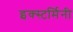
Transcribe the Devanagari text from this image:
इक्स्टर्मिनी